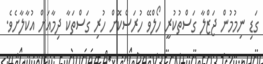
ގަޑި ނިމުމުން ޖަޒްލާ ގަސްތުކުރީ ހޯލްވޭ ހުރަސްކޮށް ހުރި ގަސްތަކާ ދިމާއަށް އުކާލާށެވެ.